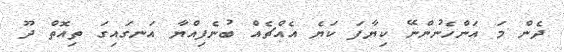
ދެން މަ އަންހެނުންނޭ ކިޔާފަ ކަޔެ އެއްޗެއް ބުނެފިއްޔާ އަނގައިގަ ތިއޮތް ދޫ